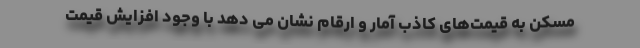
مسکن به قیمت‌های کاذب آمار و ارقام نشان می دهد با وجود افزایش قیمت